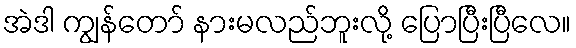
အဲဒါ ကျွန်တော် နားမလည်ဘူးလို့ ပြောပြီးပြီလေ။